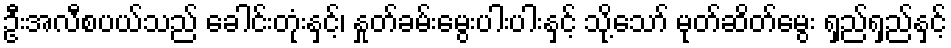
ဦးအလီစပယ်သည် ခေါင်းတုံးနှင့်၊ နှုတ်ခမ်းမွေးပါးပါးနှင့် သို့သော် မုတ်ဆိတ်မွေး ရှည်ရှည်နှင့်